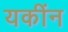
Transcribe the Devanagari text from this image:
यकींन